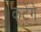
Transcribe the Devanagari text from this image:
कटेंगे